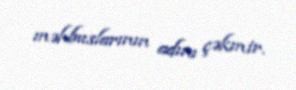
məhbuslarının adını çəkmir.